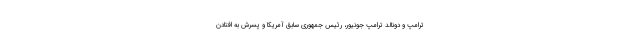
ترامپ و دونالد ترامپ جونیور، رئیس جمهوری سابق آمریکا و پسرش به افتادن